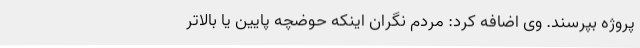
پروژه بپرسند. وی اضافه کرد: مردم نگران اینکه حوضچه پایین یا بالاتر